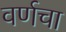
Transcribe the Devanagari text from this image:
वर्णचा